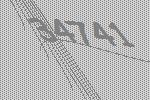
34741